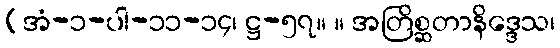
(အံ-၁-ပါ-၁၁-၁၄၊ ဋ္ဌ-၅၇။ ။ အတြိစ္ဆတာနိဒ္ဒေသ၊